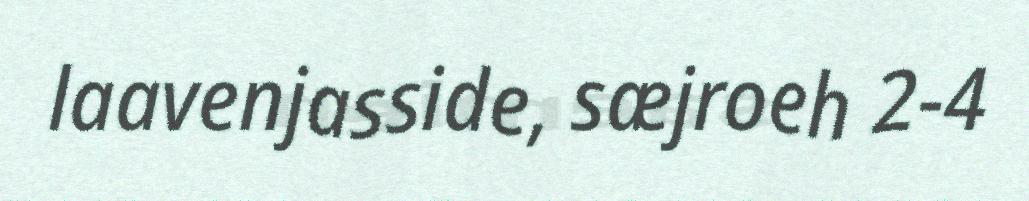
laavenjasside, sæjroeh 2-4